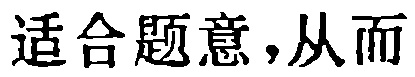
适合题意,从而